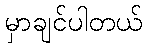
မှာချင်ပါတယ်